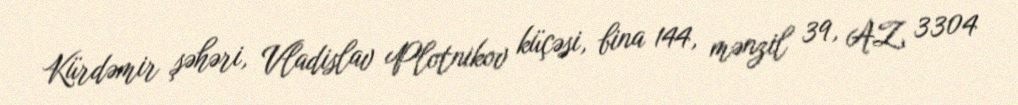
Kürdəmir şəhəri, Vladislav Plotnikov küçəsi, bina 144, mənzil 39, AZ 3304